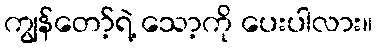
ကျွန်တော့်ရဲ့ သော့ကို ပေးပါလား။